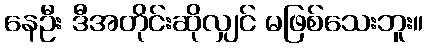
နေဦး ဒီအတိုင်းဆိုလျှင် မဖြစ်သေးဘူး။